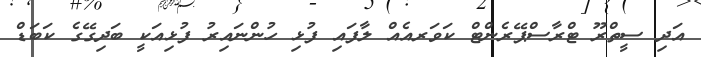
އަދި ސީތްރޫ ޓްރާސްޕޭރެންޓް ކަވަރއެއް ލާފައި ފުޅި ހުންނައިރު ފުޅިއަކީ ބަދިގޭގެ ކަބަޑް